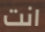
انت